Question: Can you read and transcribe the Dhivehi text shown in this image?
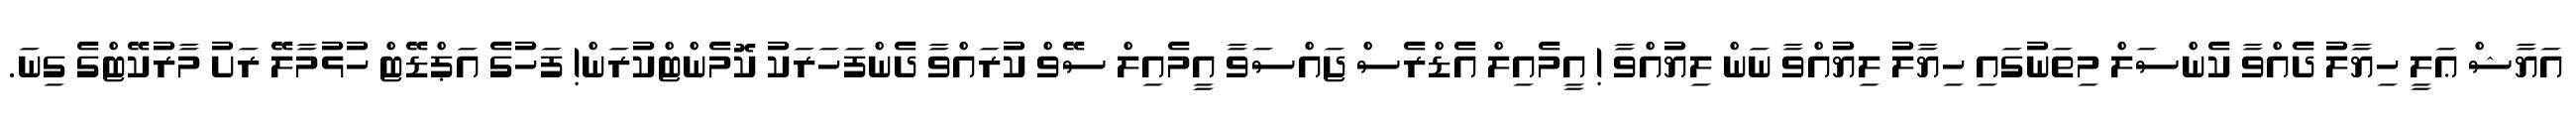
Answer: އަޔާޝް ޢަލީ ހިޔާލު ދެއްވާ ކެންސަލް މިތަނުގައި ހިޔާލު ލިޔުއްވާ ނަން ލިޔުއްވާ ! އީމެއިލް އެޑްރެސް ޖައްސަވާ އީމެއިލް ސޭވް ކުރައްވާ ދެންފަހަރަކު ކޮމެންޓްކުރަން! ފަހުގެ އަޕްޑޭޓް ހުޅުމާލޭ ރަށު މާރުކޭޓްގެ ގިނަ.